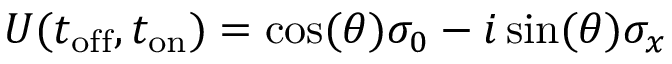
U ( t _ { \mathrm { o f f } } , t _ { \mathrm { o n } } ) = \cos ( \theta ) \sigma _ { 0 } - i \sin ( \theta ) \sigma _ { x }